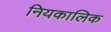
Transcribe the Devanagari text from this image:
नियकालिक